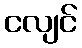
ငလျင်